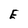
Character: E